Indian journal of veterinary science and animal husbandry - Volumes 24-25, 1954-1955
Year: 1954
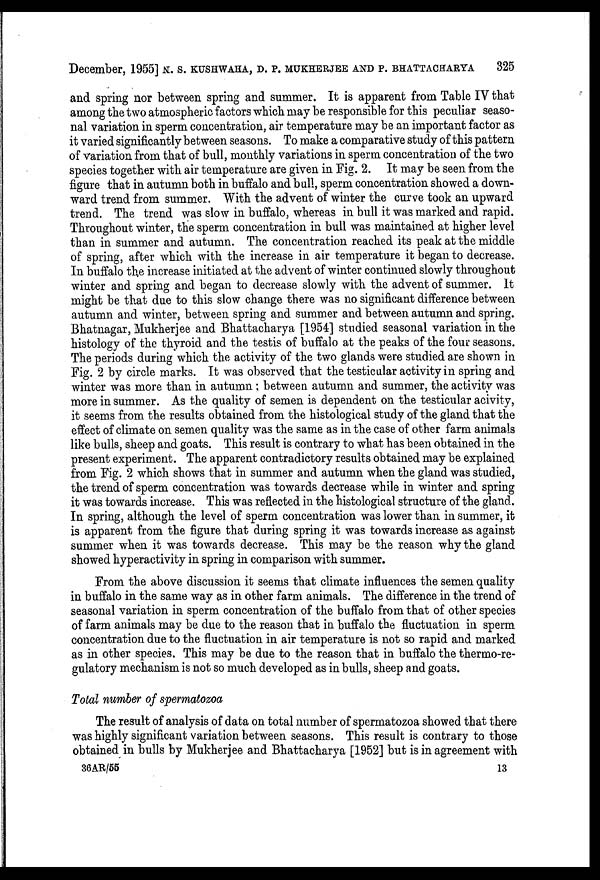
December, 1955] N. S. KUSHWAHA, D. P. MUKHERJEE AND P. BHATTACHARYA 325
and spring nor between spring and summer. It is apparent from Table IV that
among the two atmospheric factors which may be responsible for this peculiar seaso-
nal variation in sperm concentration, air temperature may be an important factor as
it varied significantly between seasons. To make a comparative study of this pattern
of variation from that of bull, monthly variations in sperm concentration of the two
species together with air temperature are given in Fig. 2. It may be seen from the
figure that in autumn both in buffalo and bull, sperm concentration showed a down-
ward trend from summer. With the advent of winter the curve took an upward
trend. The trend was slow in buffalo, whereas in bull it was marked and rapid.
Throughout winter, the sperm concentration in bull was maintained at higher level
than in summer and autumn. The concentration reached its peak at the middle
of spring, after which with the increase in air temperature it began to decrease.
In buffalo the increase initiated at the advent of winter continued slowly throughout
winter and spring and began to decrease slowly with the advent of summer. It
might be that due to this slow change there was no significant difference between
autumn and winter, between spring and summer and between autumn and spring.
Bhatnagar, Mukherjee and Bhattacharya [1954] studied seasonal variation in the
histology of the thyroid and the testis of buffalo at the peaks of the four seasons.
The periods during which the activity of the two glands were studied are shown in
Fig. 2 by circle marks. It was observed that the testicular activity in spring and
winter was more than in autumn ; between autumn and summer, the activity was
more in summer. As the quality of semen is dependent on the testicular acivity,
it seems from the results obtained from the histological study of the gland that the
effect of climate on semen quality was the same as in the case of other farm animals
like bulls, sheep and goats. This result is contrary to what has been obtained in the
present experiment. The apparent contradictory results obtained may be explained
from Fig. 2 which shows that in summer and autumn when the gland was studied,
the trend of sperm concentration was towards decrease while in winter and spring
it was towards increase. This was reflected in the histological structure of the gland.
In spring, although the level of sperm concentration was lower than in summer, it
is apparent from the figure that during spring it was towards increase as against
summer when it was towards decrease. This may be the reason why the gland
showed hyperactivity in spring in comparison with summer.
From the above discussion it seems that climate influences the semen quality
in buffalo in the same way as in other farm animals. The difference in the trend of
seasonal variation in sperm concentration of the buffalo from that of other species
of farm animals may be due to the reason that in buffalo the fluctuation in sperm
concentration due to the fluctuation in air temperature is not so rapid and marked
as in other species. This may be due to the reason that in buffalo the thermo-re-
gulatory mechanism is not so much developed as in bulls, sheep and goats.
Total number of spermatozoa
The result of analysis of data on total number of spermatozoa showed that there
was highly significant variation between seasons. This result is contrary to those
obtained in bulls by Mukherjee and Bhattacharya [1952] but is in agreement with
36AR/55
13